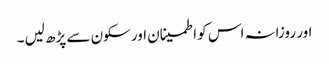
اور روزانہ اس کو اطمینان اور سکون سے پڑھ لیں ۔